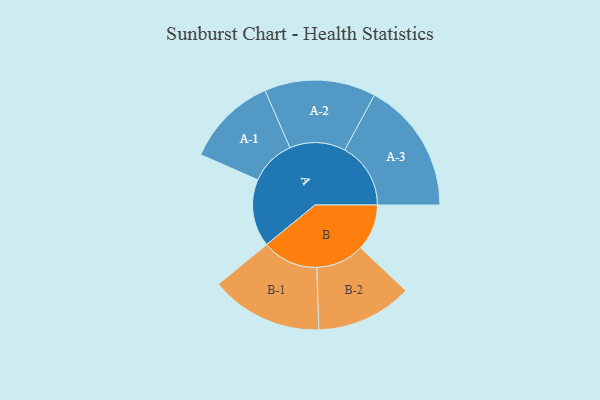
{"axis": {"x": "Segment", "y": "Value"}, "legend": ["", "A", "B"], "data": [{"x": "A", "y": 296, "type": ""}, {"x": "B", "y": 203, "type": ""}, {"x": "A-1", "y": 200, "type": "A"}, {"x": "A-2", "y": 244, "type": "A"}, {"x": "A-3", "y": 289, "type": "A"}, {"x": "B-1", "y": 246, "type": "B"}, {"x": "B-2", "y": 211, "type": "B"}]}